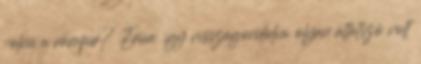
volna a vámpír? Erica. így visszagondolva olyan átlátszó volt